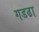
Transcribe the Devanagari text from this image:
गडढा